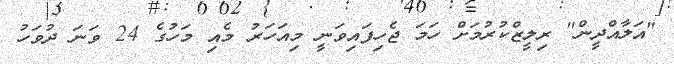
"އަލާއްދީން" ރިލީޒްކުރުމަށް ހަމަ ޖެހިފައިވަނީ މިއަހަރު މެއި މަހުގެ 24 ވަނަ ދުވަހު